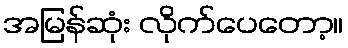
အမြန်ဆုံး လိုက်ပေတော့။